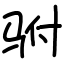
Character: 驸